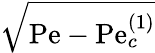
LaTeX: \sqrt{\mathrm{Pe}-\mathrm{Pe}_{c}^{(1)}}